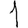
Digit: 1